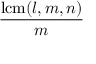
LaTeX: \frac { \operatorname { l c m } ( l , m , n ) } { m }